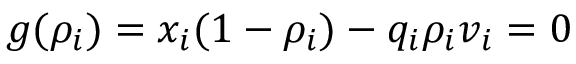
g ( \rho _ { i } ) = x _ { i } ( 1 - \rho _ { i } ) - q _ { i } \rho _ { i } v _ { i } = 0